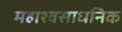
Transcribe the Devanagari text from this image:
महाश्वसाधनिक